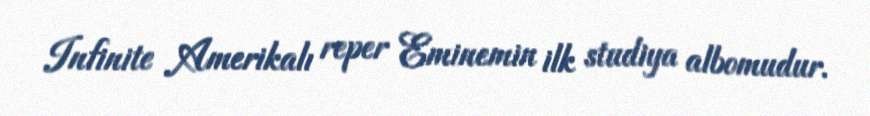
Infinite Amerikalı reper Eminemin ilk studiya albomudur.